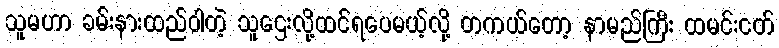
သူမဟာ ခမ်းနားထည်ဝါတဲ့ သူဌေးလို့ထင်ရပေမယ့်လို့ တကယ်တော့ နာမည်ကြီး ထမင်းငတ်